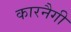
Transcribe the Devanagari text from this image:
कारनैगी